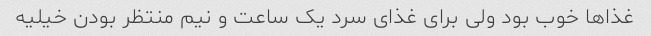
غذاها خوب بود ولی برای غذای سرد یک ساعت و نیم منتظر بودن خیلیه